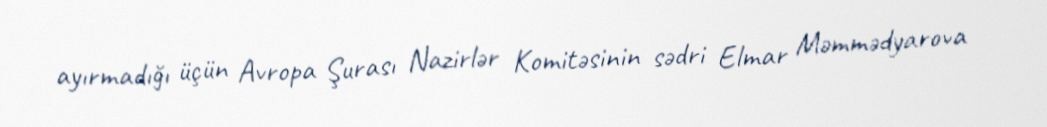
ayırmadığı üçün Avropa Şurası Nazirlər Komitəsinin sədri Elmar Məmmədyarova